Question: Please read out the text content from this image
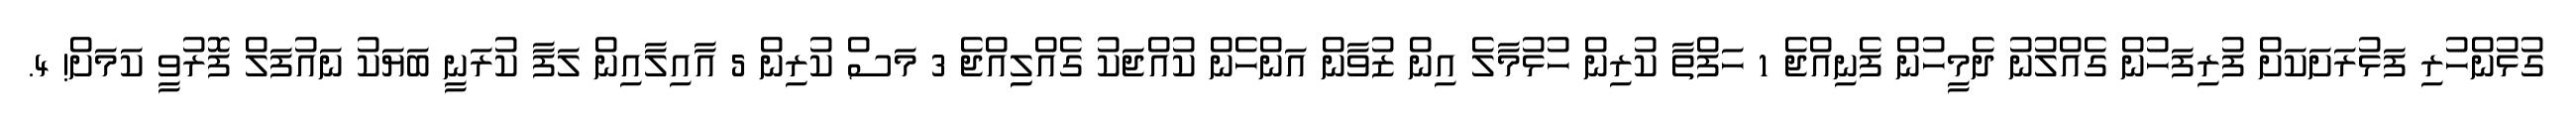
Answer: ގުޅުންހުރި ފަޅުރަށަކަށް ފުރިފަހުން ގެއްލުނު ދެމީހުން ފެނިއްޖެ 1 ހަފްތާ ކުރިން ހުޅުމާލެ އިން ޒުވާން އަންހެން ކުއްޖަކު ގެއްލިިއްޖެ 3 މަސް ކުރިން 5 އާއިލާއިން ލަފާ ކުރަނީ ބަޔަކު ނައުފަލް ފޮރުވީ ކަމަށް! 4.